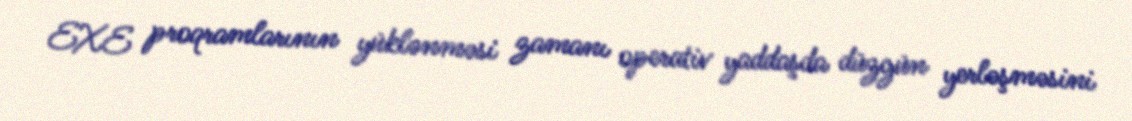
EXE proqramlarının yüklənməsi zamanı operativ yaddaşda düzgün yerləşməsini